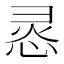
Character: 𭝊